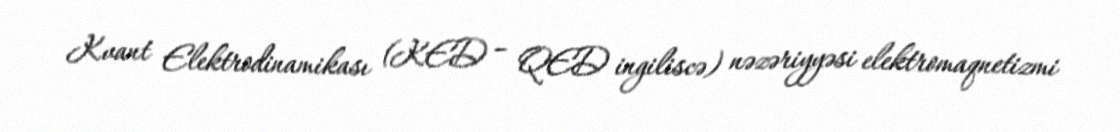
Kvant Elektrodinamikası (KED – QED ingiliscə) nəzəriyyəsi elektromaqnetizmi